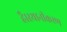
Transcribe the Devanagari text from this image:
है।स्थानीकरण